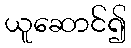
ယူဆောင်၍